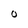
Character: O